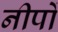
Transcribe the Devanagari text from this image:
नीपों